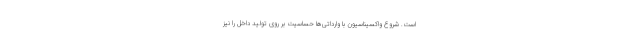
است. شروع واکسیناسیون با وارداتی‌ها حساسیت بر روی تولید داخل را نیز